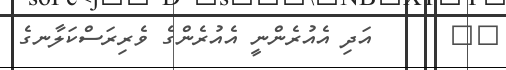
٥٨      އަދި އެއުރެންނީ އެއުރެންގެ ވެރިރަސްކަލާނގެ